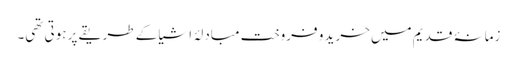
زمانۂ قدیم میں خرید و فروخت مبادلۂ اشیا کے طریقے پر ہوتی تھی۔